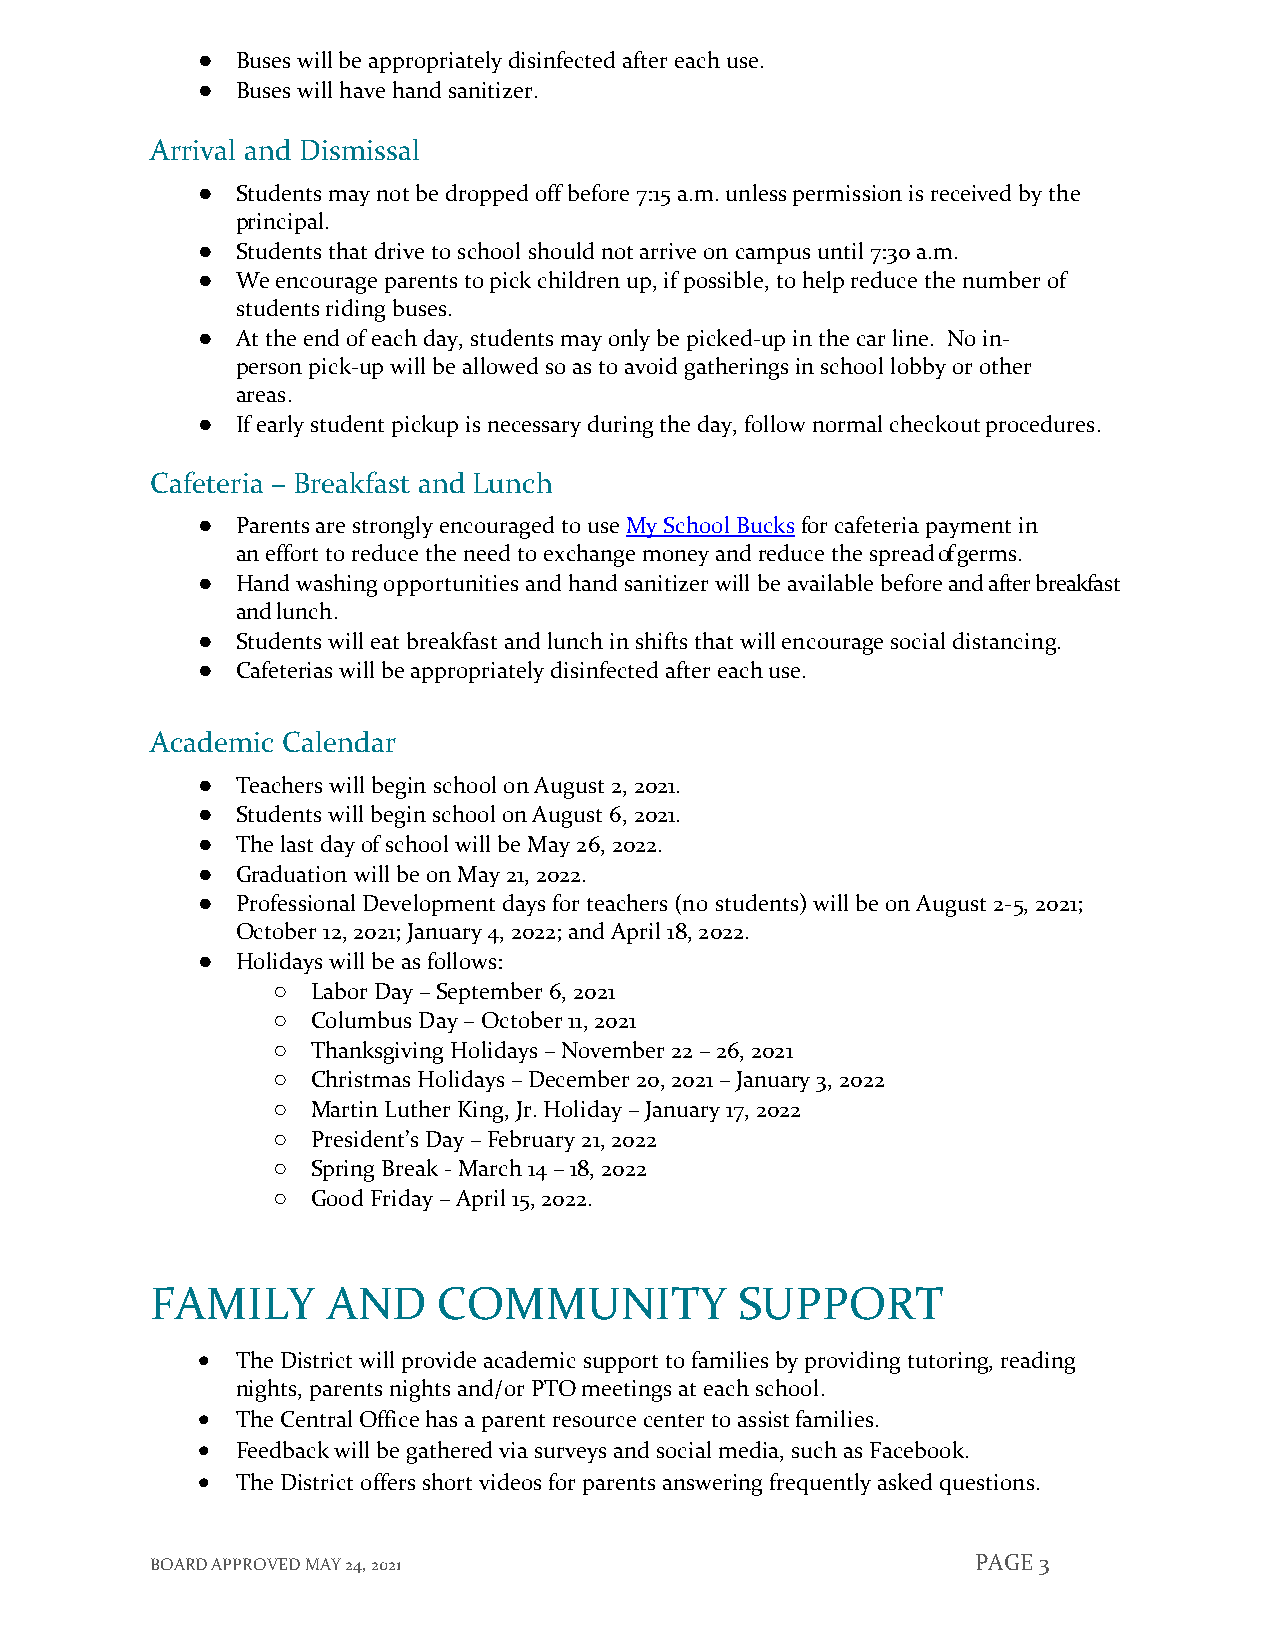
●  Buses will be appropriately disinfected after each use.
 ●  Buses will have hand sanitizer.
 Arrival and Dismissal
 ●  Students may not be dropped off before 7:15 a.m. unless permission is received by the
 principal.
 ●  Students that drive to school should not arrive on campus until 7:30 a.m.
 ●  We encourage parents to pick children up, if possible, to help reduce the number of
 students riding buses.
 ●  At the end of each day, students may only be picked-up in the car line. No in-
 person pick-up will be allowed so as to avoid gatherings in school lobby or other
 areas.
 ●  If early student pickup is necessary during the day, follow normal checkout procedures.
 Cafeteria – Breakfast and Lunch
 ●  Parents are strongly encouraged to use My School Bucks for cafeteria payment in
 an effort to reduce the need to exchange money and reduce the spread of germs.
 ●  Hand washing opportunities and hand sanitizer will be available before and after breakfast
 and lunch.
 ●  Students will eat breakfast and lunch in shifts that will encourage social distancing.
 ●  Cafeterias will be appropriately disinfected after each use.
 Academic Calendar
 ●  Teachers will begin school on August 2, 2021.
 ●  Students will begin school on August 6, 2021.
 ●  The last day of school will be May 26, 2022.
 ●  Graduation will be on May 21, 2022.
 ●  Professional Development days for teachers (no students) will be on August 2-5, 2021;
 October 12, 2021; January 4, 2022; and April 18, 2022.
 ●  Holidays will be as follows:
 ○  Labor Day – September 6, 2021
 ○  Columbus Day – October 11, 2021
 ○  Thanksgiving Holidays – November 22 – 26, 2021
 ○  Christmas Holidays – December 20, 2021 – January 3, 2022
 ○  Martin Luther King, Jr. Holiday – January 17, 2022
 ○  President’s Day – February 21, 2022
 ○  Spring Break - March 14 – 18, 2022
 ○  Good Friday – April 15, 2022.
 FAMILY      AND    COMMUNITY           SUPPORT
   The District will provide academic support to families by providing tutoring, reading
 nights, parents nights and/or PTO meetings at each school.
   The Central Office has a parent resource center to assist families.
   Feedback will be gathered via surveys and social media, such as Facebook.
   The District offers short videos for parents answering frequently asked questions.
 BOARD APPROVED MAY 24, 2021                            PAGE 3